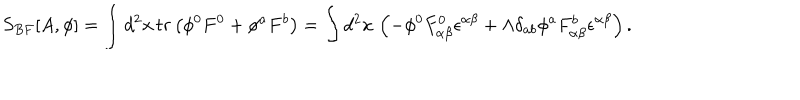
S _ { B F } [ A , \phi ] = \int d ^ { 2 } x \, t r \left( \phi ^ { 0 } F ^ { 0 } + \phi ^ { a } F ^ { b } \right) = \int d ^ { 2 } x \, \left( - \phi ^ { 0 } F _ { \alpha \beta } ^ { 0 } \epsilon ^ { \alpha \beta } + \Lambda \delta _ { a b } \phi ^ { a } F _ { \alpha \beta } ^ { b } \epsilon ^ { \alpha \beta } \right) .